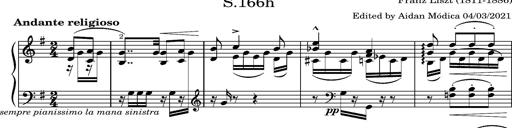
Title: Album-Leaf "Andante religioso"
Composer: Franz Liszt
Key: G major